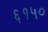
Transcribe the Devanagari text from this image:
६१५०